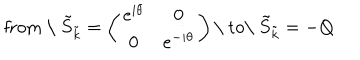
LaTeX: \mathrm { f r o m ~ \ } \tilde { S } _ { \tilde { k } } = \left( \begin{matrix} { { e ^ { i \theta } } } & { { 0 } } \\ { { 0 } } & { { e ^ { - i \theta } } } \\ \end{matrix} \right) \mathrm { \ t o \ } \tilde { S } _ { \tilde { k } } = - Q